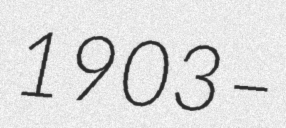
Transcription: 1903 –